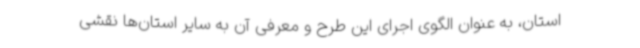
استان، به عنوان الگوی اجرای این طرح و معرفی آن به سایر استان‌ها نقشی